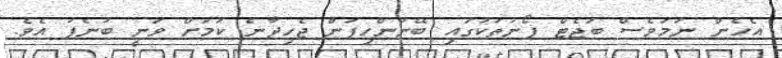
އެހެން ނަމަވެސް ބަޖެޓް ފޯނުތަކުގައި ބޭނުންހިފަން ޖެހިދާނެ ކަމަށް ވަނީ ބުނެފަ އެވެ.